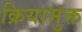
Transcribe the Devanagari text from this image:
क्रियामुक्त